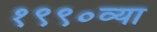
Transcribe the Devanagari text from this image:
१९९०व्या